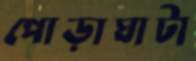
পোড়াঘাটা